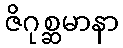
ဇိဂုစ္ဆမာနာ